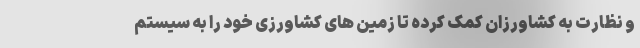
و نظارت به کشاورزان کمک کرده تا زمین های کشاورزی خود را به سیستم